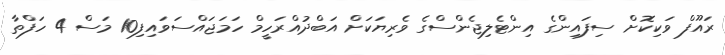
ރައޫފް ވަކިކޮށް ސިފައިންގެ އިންޓެލިޖެންސްގެ ވެރިޔަކަށް އަބްދުއްރަހީމް ހަމަޖައްސަވައިފި10 މަސް 4 ހަފްތާ